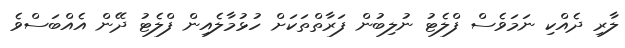
ލާރި ދެއްކި ނަމަވެސް ފްލެޓު ނުލިބުން ފަރާތްތަކަށް ހުޅުމާލެއިން ފްލެޓު ދޭން އެއްބަސްވެ